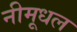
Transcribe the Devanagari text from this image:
नीमूधल